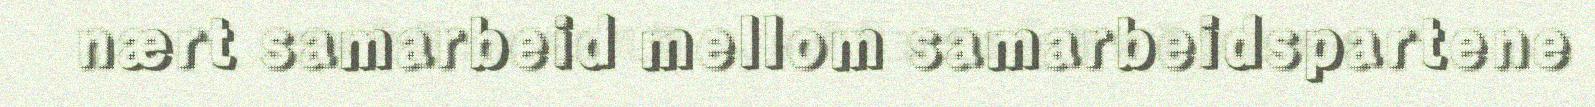
nært samarbeid mellom samarbeidspartene